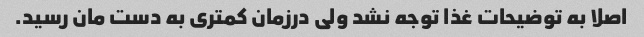
اصلا به توضیحات غذا توجه نشد ولی درزمان کمتری به دست مان رسید.